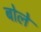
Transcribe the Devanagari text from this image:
बोलेे